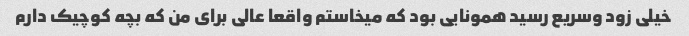
خیلی زود وسریع رسید همونایی بود که میخاستم واقعا عالی برای من که بچه کوچیک دارم